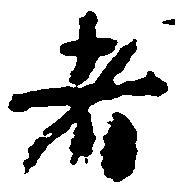
者